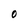
Character: O